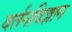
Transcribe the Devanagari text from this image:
वर्तनविज्ञान